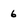
Character: 6